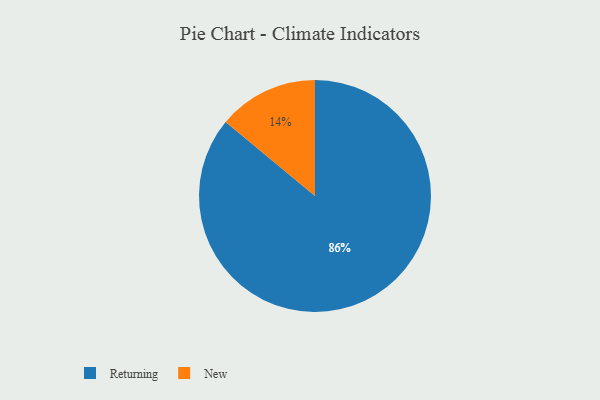
{"axis": {"x": "Category", "y": "Percentage"}, "legend": ["New", "Returning"], "data": [{"x": "Returning", "y": 86, "type": "Returning"}, {"x": "New", "y": 14, "type": "New"}]}